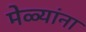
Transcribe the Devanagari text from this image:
मेळ्यांना